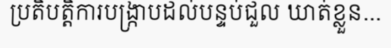
ប្រតិបត្តិការបង្ក្រាបដល់បន្ទប់ជួល ឃាត់ខ្លួន...